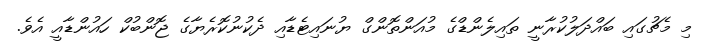
މި މެޗުގައި ބައްދަލުކުރާނީ ތައިލެންޑްގެ މުއަންތޮންގް ޔުނައިޓެޑާއި ދެކުނުކޮރެޔާގެ ޖޮންބުކް ހައުންޑާއީ އެވެ.